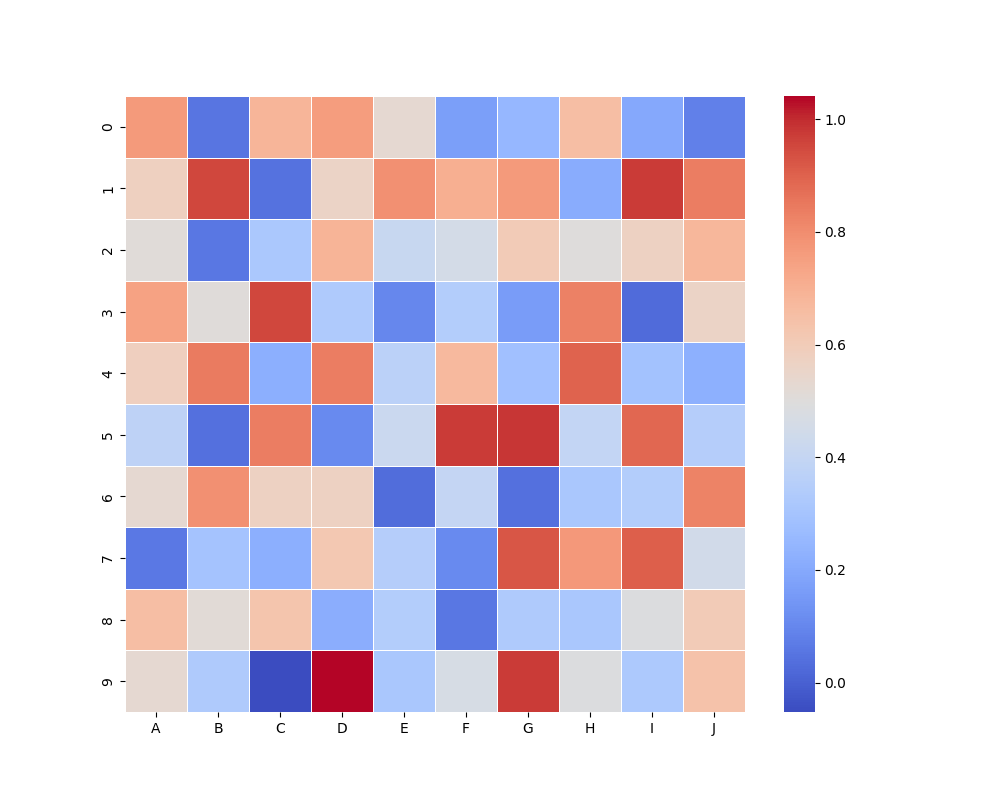
python, seaborn, heatmap, cmap='coolwarm', linewidths=0.5, center=none